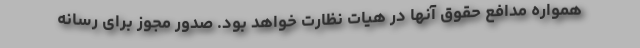
همواره مدافع حقوق آنها در هیات نظارت خواهد بود. صدور مجوز برای رسانه